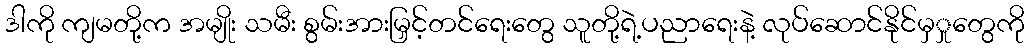
ဒါကို ကျမတို့က အမျိုး သမီး စွမ်းအားမြှင့်တင်ရေးတွေ သူတို့ရဲ့ပညာရေးနဲ့ လုပ်ဆောင်နိုင်မှှုတွေကို